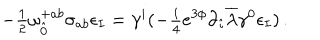
- { \textstyle \frac { 1 } { 2 } } \omega _ { \hat { 0 } } ^ { + a b } \sigma _ { a b } \epsilon _ { I } = \gamma ^ { i } ( - { \textstyle \frac { i } { 4 } } e ^ { 3 \phi } \partial _ { \hat { \imath } } \overline { { { \lambda } } } \gamma ^ { 0 } \epsilon _ { I } ) \, .